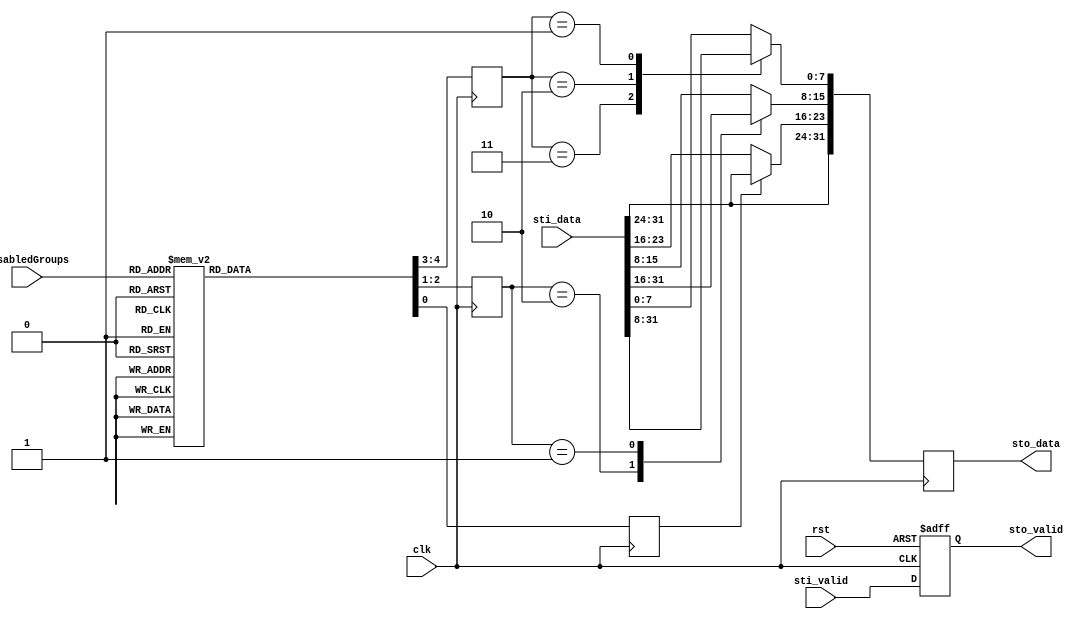
module data_align #(
  parameter integer DW = 32,  
  parameter integer KW = DW/8 
)(
  input  wire        clk,
  input  wire        rst,
  input  wire  [3:0] disabledGroups,
  input  wire        sti_valid,
  input  wire [31:0] sti_data,
  output reg         sto_valid,
  output reg  [31:0] sto_data
);
reg [1:0] insel0;
reg [1:0] insel1;
reg       insel2;
always @ (posedge clk)
begin
  case (insel0[1:0])
    2'h3    : sto_data[ 7: 0] <= sti_data[31:24];
    2'h2    : sto_data[ 7: 0] <= sti_data[23:16];
    2'h1    : sto_data[ 7: 0] <= sti_data[15: 8];
    default : sto_data[ 7: 0] <= sti_data[ 7: 0];
  endcase
  case (insel1[1:0])
    2'h2    : sto_data[15: 8] <= sti_data[31:24];
    2'h1    : sto_data[15: 8] <= sti_data[23:16];
    default : sto_data[15: 8] <= sti_data[15: 8];
  endcase
  case (insel2)
    1'b1    : sto_data[23:16] <= sti_data[31:24];
    default : sto_data[23:16] <= sti_data[23:16];
  endcase
              sto_data[31:24] <= sti_data[31:24];
end
always @(posedge clk) 
begin
  case (disabledGroups)
    4'b0001 : begin insel2 <= 1'b1; insel1 <= 2'h1; insel0 <= 2'h1; end
    4'b0010 : begin insel2 <= 1'b1; insel1 <= 2'h1; insel0 <= 2'h0; end
    4'b0100 : begin insel2 <= 1'b1; insel1 <= 2'h0; insel0 <= 2'h0; end
    4'b0011 : begin insel2 <= 1'b0; insel1 <= 2'h2; insel0 <= 2'h2; end
    4'b0101 : begin insel2 <= 1'b0; insel1 <= 2'h2; insel0 <= 2'h1; end
    4'b1001 : begin insel2 <= 1'b0; insel1 <= 2'h1; insel0 <= 2'h1; end
    4'b0110 : begin insel2 <= 1'b0; insel1 <= 2'h2; insel0 <= 2'h0; end
    4'b1010 : begin insel2 <= 1'b0; insel1 <= 2'h1; insel0 <= 2'h0; end
    4'b1100 : begin insel2 <= 1'b0; insel1 <= 2'h0; insel0 <= 2'h0; end
    4'b0111 : begin insel2 <= 1'b0; insel1 <= 2'h0; insel0 <= 2'h3; end
    4'b1011 : begin insel2 <= 1'b0; insel1 <= 2'h0; insel0 <= 2'h2; end
    4'b1101 : begin insel2 <= 1'b0; insel1 <= 2'h0; insel0 <= 2'h1; end
    default : begin insel2 <= 1'b0; insel1 <= 2'h0; insel0 <= 2'h0; end
  endcase
end
always @(posedge clk, posedge rst) 
if (rst)  sto_valid <= 1'b0;
else      sto_valid <= sti_valid;
endmodule